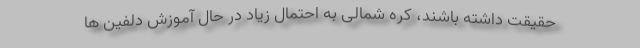
حقیقت داشته باشند، کره شمالی به احتمال زیاد در حال آموزش دلفین ها